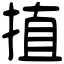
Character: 㨁